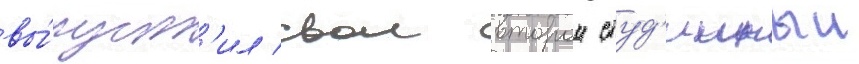
вы́пуст'ил свои второи студ'ииныи